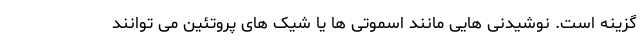
گزینه است. نوشیدنی هایی مانند اسموتی ها یا شیک های پروتئین می توانند